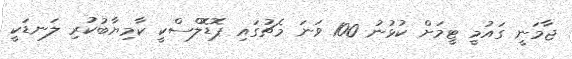
ޖާމަނީ ގައުމީ ޓީމަށް ކުޅުނު 100 ވަނަ މެޗުގައި ޕޮޑޮލްސްކީ ކާމިޔާބުކުރި ލަނޑަކީ